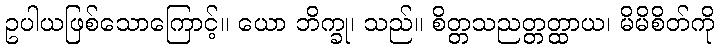
ဥပါယဖြစ်သောကြောင့်။ ယော ဘိက္ခု၊ သည်။ စိတ္တသညတ္တတ္ထာယ၊ မိမိစိတ်ကို